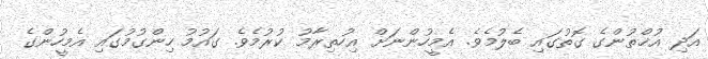
އަދި އުޚްތުންގެ ގޮތުގައި ބެލުމެވެ. އެމީހުންނަށް އިހުތިރާމު ކުރުމެވެ. ގައުމު ހިންގުމުގައި އެމީހުންގެ